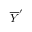
{ \overline { { Y } } } ^ { \prime }